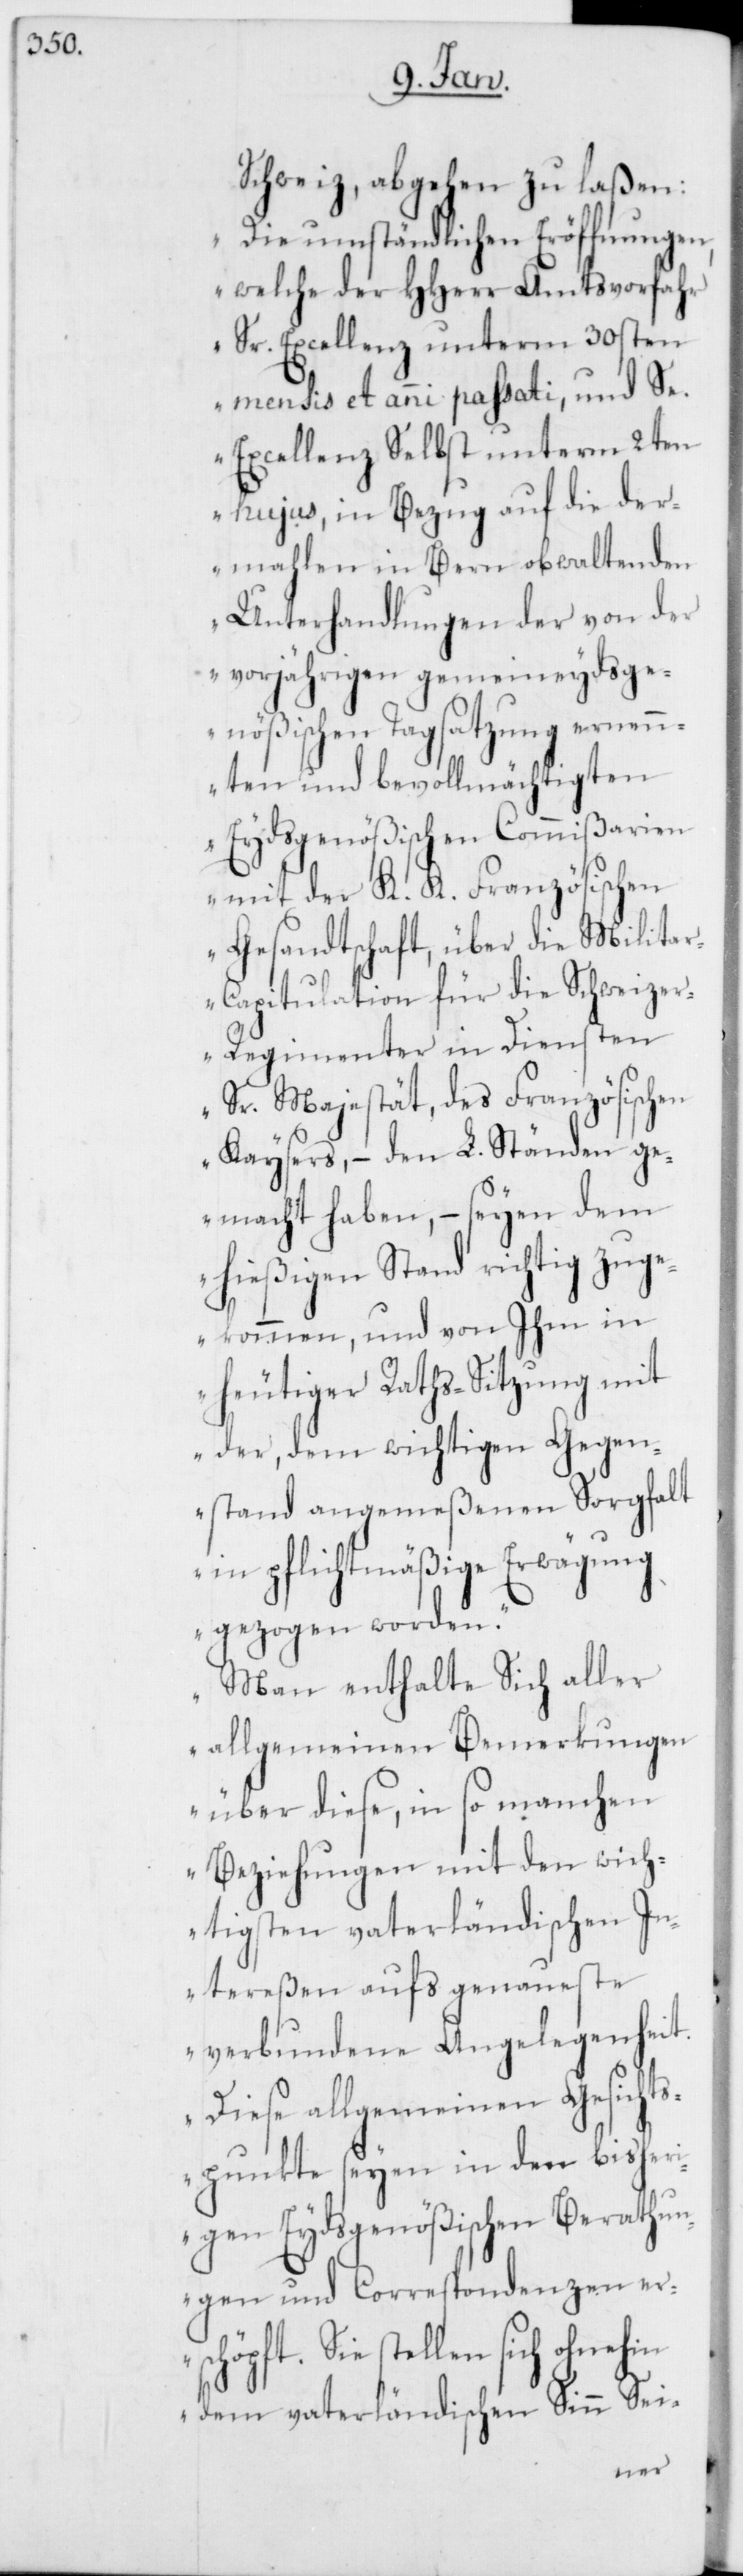
Schweiz, abgehen zu laßen:
„Die umständlichen Eröffnungen,
welche der HHerr Amtsvorfahr
Se. Excellenz unterm 30sten
mensis et anni passati, und Se.
Excellenz Selbst unterm 2ten
hujus, in Bezug auf die der¬
mahlen in Bern obwaltenden
Unterhandlungen der von der
vorjährigen gemeineydsge¬
nößischen Tagsatzung ernen¬
nten und bevollmächtigten
Eydsgenößischen Commißarien
mit der K. K. Französischen
Gesandtschaft, über die Milita¬
r-Capitulation für die Schweize¬
r-Regimenter in Diensten
Sr. Majestät, des Französischen
Kaysers, – den L. Ständen ge¬
macht haben, – seyen dem
hießigen Stand richtig zug¬
ekommen, und von Ihm in
heutiger Raths-Sitzung mit
der, dem wichtigen Gegen¬
stand angemeßenen Sorgfalt
in pflichtmäßige Erwägung
gezogen worden.
Man enthalte Sich aller
allgemeinen Bemerkungen
über diese, in so manchen
Beziehungen mit den wich¬
tigsten vaterländischen In¬
tereßen aufs genaueste
verbundene Angelegenheit.
Diese allgemeinen Gesichts¬
punkte seyen in den bisher¬
igen Eydsgenößischen Berathun¬
gen und Correspondenzen er¬
schöpft. Sie stellen sich ohnehin
dem vaterländischen Sinn Sei-